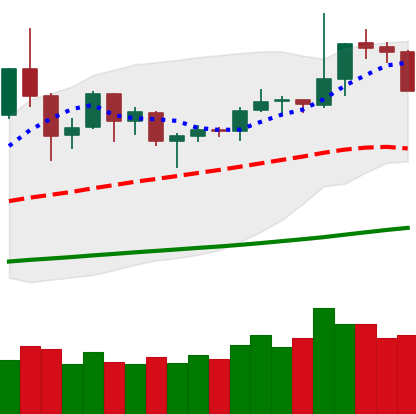
Ticker: DOGE-USD
Chart end date: 2019-06-03
Forward return: -3.565%
Label: down_3_5